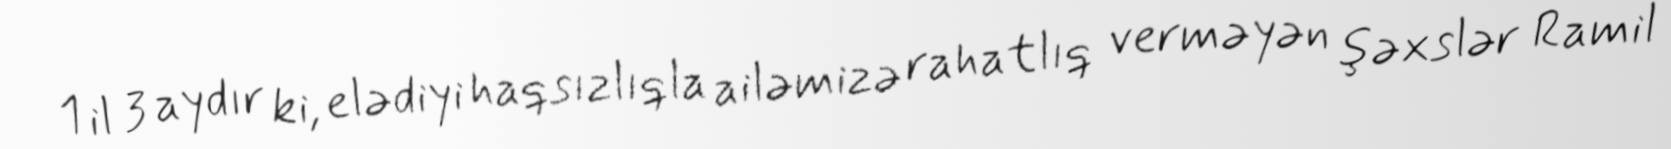
1 il 3 aydır ki, elədiyi haqsızlıqla ailəmizə rahatlıq verməyən şəxslər Ramil